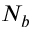
N _ { b }